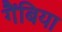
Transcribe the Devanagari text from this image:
गैंबिया